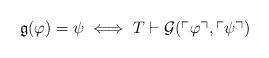
LaTeX: \begin{align*} \mathfrak{g}(\varphi)=\psi \iff T\vdash \mathcal{G}(\ulcorner\varphi\urcorner,\ulcorner\psi\urcorner)\end{align*}